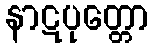
နာဋပုတ္တော